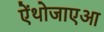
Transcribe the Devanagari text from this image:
ऐंथोजाएआ